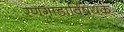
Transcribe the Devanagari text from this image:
रणगाडाविषयक